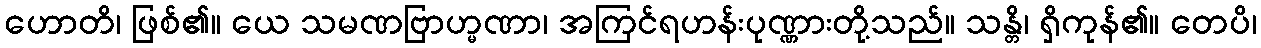
ဟောတိ၊ ဖြစ်၏။ ယေ သမဏဗြာဟ္မဏာ၊ အကြင်ရဟန်းပုဏ္ဏားတို့သည်။ သန္တိ၊ ရှိကုန်၏။ တေပိ၊